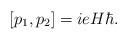
LaTeX: \begin{align*}[p_1, p_2] = i e H \hbar. \end{align*}